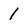
Character: 1